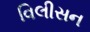
વિલીસન